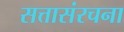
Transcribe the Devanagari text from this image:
सत्तासंरचना